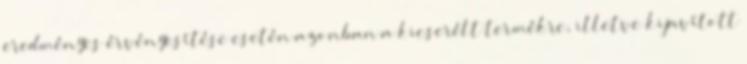
eredményes érvényesítése esetén azonban a kicserélt termékre, illetve kijavított